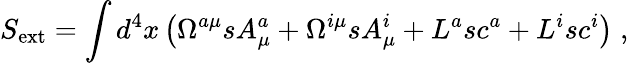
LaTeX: S_{\mathrm{ext}}=\int d^{4}x\left(\Omega^{a\mu}sA_{\mu}^{a}+\Omega^{i\mu}sA_{\mu}^{i}+L^{a}sc^{a}+L^{i}sc^{i}\right)\; ,